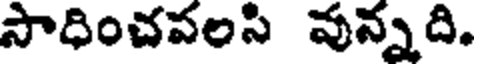
సాధించపలసి వున్నది.